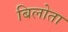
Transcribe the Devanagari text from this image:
बिलोता